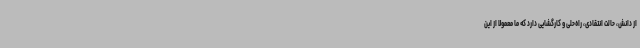
از دانش، حالت انتقادی، راه‌حلی و کارگشایی دارد که ما معمولا از این